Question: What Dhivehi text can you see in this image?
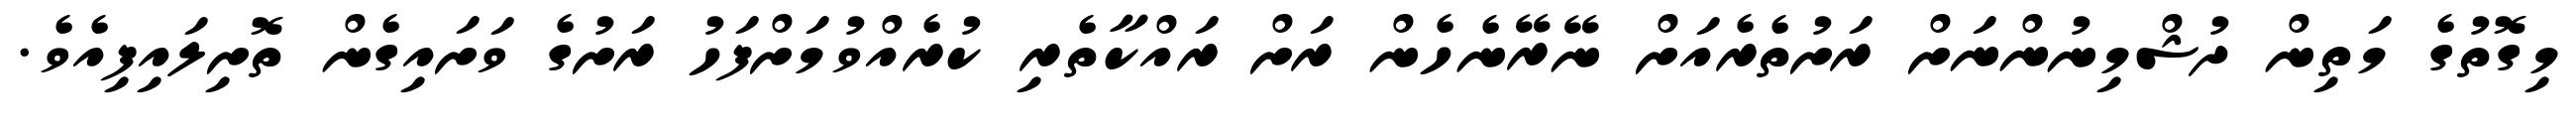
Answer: މިގޮތުގެ މަތިން ދުޝްމިނުންނަށް ރަށުތެރެއަށް ނޭރޭނެހެން ރަށް ރައްކާތެރި ކުރެއްވުމަށްފަހު ރަށުގެ ވަށައިގެން ތޮށިލައިފިއެވެ.